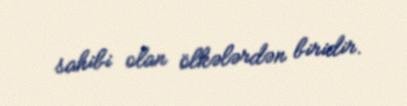
sahibi olan ölkələrdən biridir.